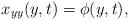
LaTeX: \begin{align*}{x_{yy}}(y,t) = \phi (y,t),\end{align*}